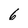
Character: 6